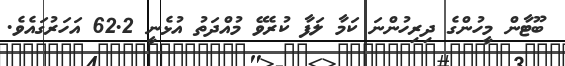
ބޫޓާން މީހުންގެ ދިރިހުންނަ ކަމާ ލަފާ ކުރެވޭ މުއްދަތު އުޅެނީ 62.2 އަހަރުގައެވެ.